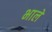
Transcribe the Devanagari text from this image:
भालें